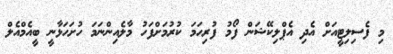
މި ފެސިލިޓީއަށް އެދި އެޕްލިކޭޝަން ފޯމު ފުރިހަމަ ކުރުމަށްފަހު މާލެއިންނަމަ ހުށަހަޅާނީ ބީއެމްއެލް